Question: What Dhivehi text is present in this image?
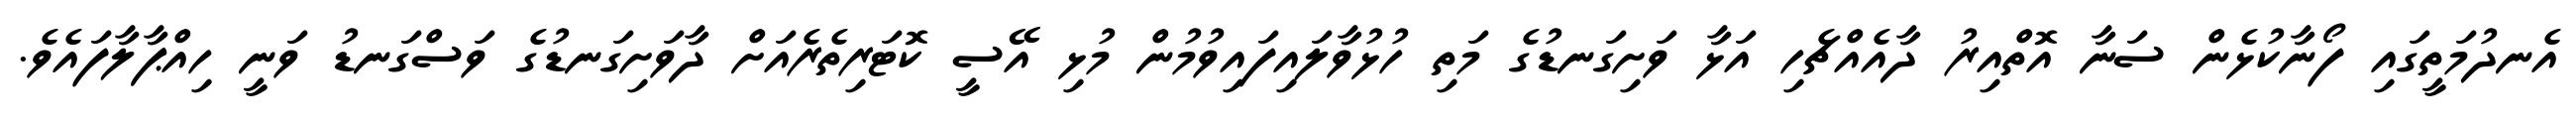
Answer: އެނދުމަތީގައި ފޯނާކުޅެން ސަނާ އޮތްއިރު ދާއެއްޗެހި އަޅާ ވަށިގަނޑުގެ މަތި ހުޅުވާލައިފައިވުމުން މުޅި އޭސީ ކޮޓަރިތެރެއަށް ދާވަށިގަނޑުގެ ވަސްގަނޑު ވަނީ ހިއްޕާލާފައެވެ.